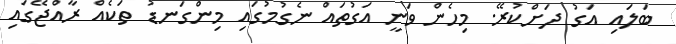
ބަލައި އަގު ދަށްކުރޭ. މިހެން ވަނީ އަގުތައް ނެގުމުގައި މިންގަނޑު ތަކެއް ރާއްޖޭގައި